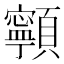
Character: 𩕳